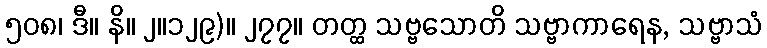
၅၀၈၊ ဒီ။ နိ။ ၂။၁၂၉)။ ၂၇၇။ တတ္ထ သဗ္ဗသောတိ သဗ္ဗာကာရေန, သဗ္ဗာသံ